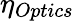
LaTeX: \eta_{Optics}